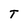
Character: T